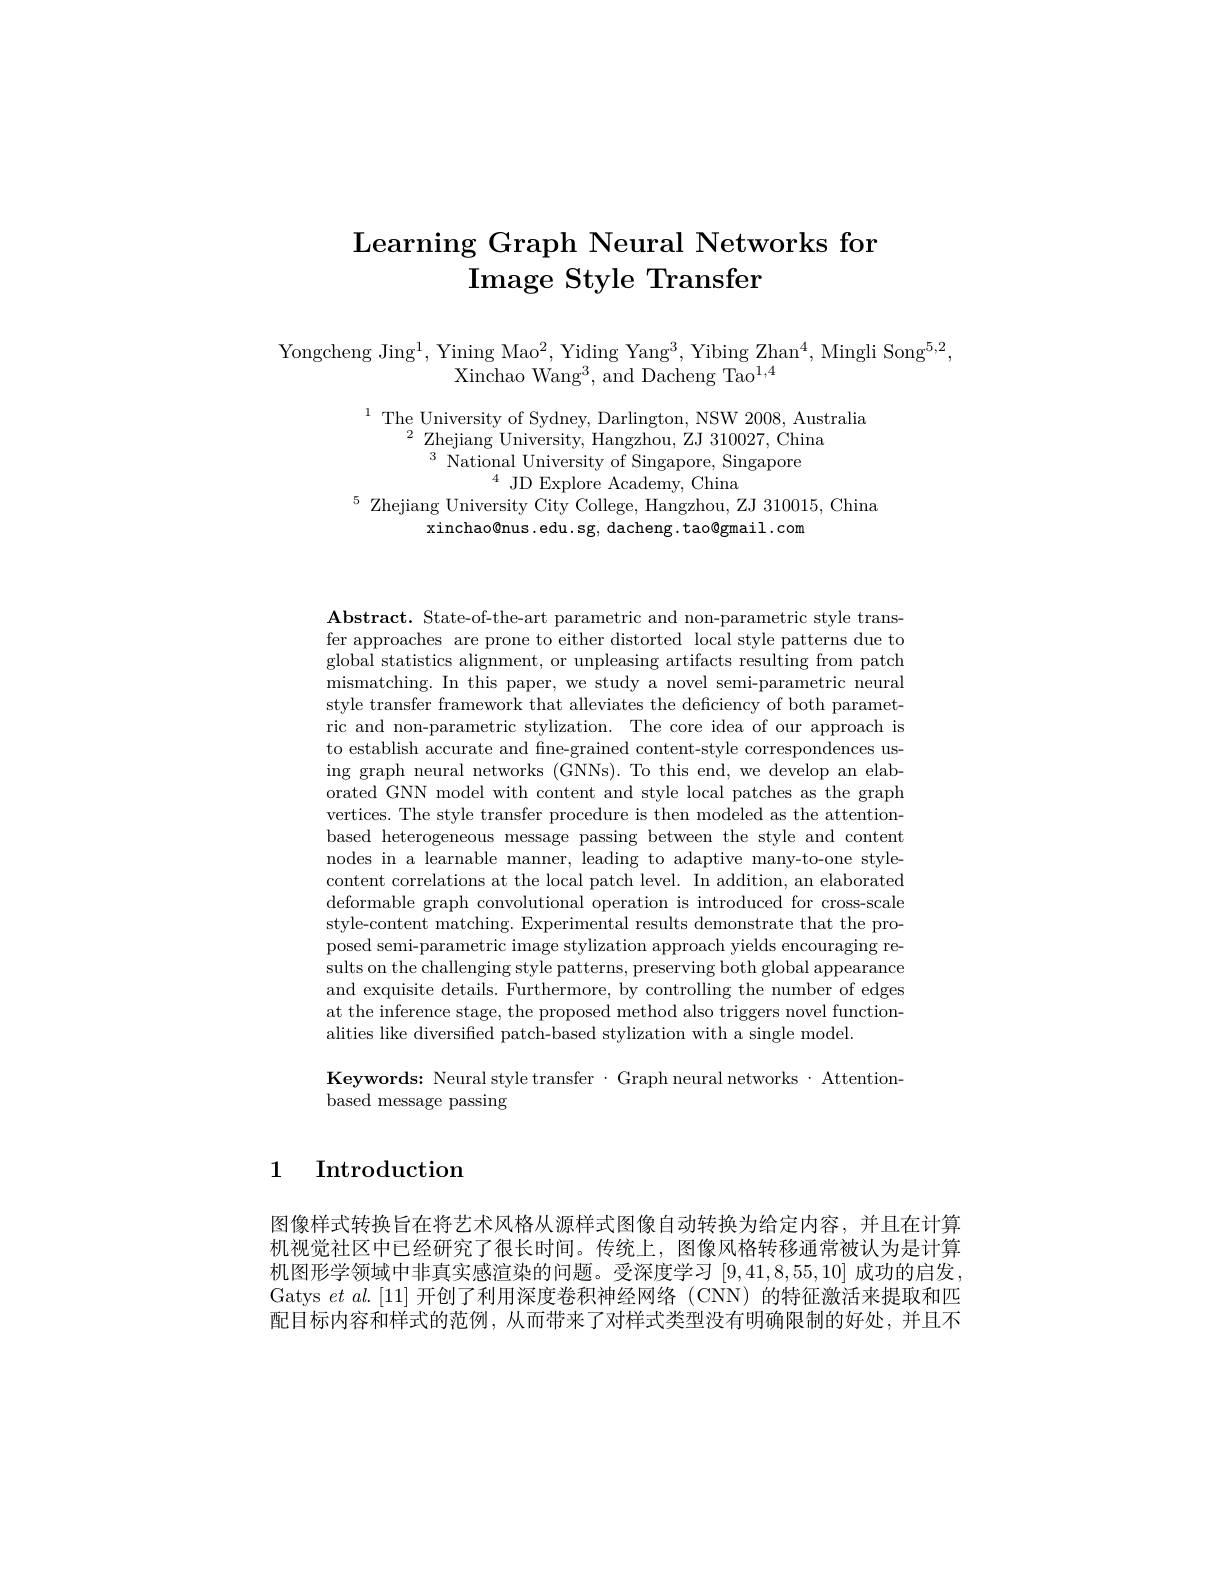
# Learning Graph Neural Networks for $\textbf{Image Style Transfer}$

Yongcheng Jing$^1$, Yining Mao$^2$, Yiding Yang$^3$, Yibing Zhan$^4$, Mingli Song$^5,2$
Xinchao Wang$^3$, and Dacheng Tao$^1,4$

$\begin{array}{cc}^{1}&\text{The University of Sydney, Darlington, NSW 2008, Australia}\\^{2}&\text{Zhejiang University, Hangzhou, ZJ 310027, China}\\&^{3}&\text{National IIniversity. of Singanore Singanore}\end{array}$
$^{4}$ JD Explore Academy, China
$^{5}$ Zhejiang University City College, Hangzhou, ZJ 310015, China
xinchao@nus.edu.sg, dacheng. tao@gmail.com

$\mathbf{Abstract.~State-of-the-art~parametric~and~non-parametric~style~trans-}$ fer approaches are prone to either distorted local style patterns due to global statistics alignment, or unpleasing artifacts resulting from patch mismatching. In this paper, we study a novel semi-parametric neural style transfer framework that alleviates the deficiency of both parametric and non-parametric stylization. The core idea of our approach is to establish accurate and fine-grained content-style correspondences using graph neural networks (GNNs). To this end, we develop an elaborated GNN model with content and style local patches as the graph vertices. The style transfer procedure is then modeled as the attentionbased heterogeneous message passing between the style and content nodes in a learnable manner, leading to adaptive many-to-one stylecontent correlations at the local patch level. In addition, an elaborated deformable graph convolutional operation is introduced for cross-scale style-content matching. Experimental results demonstrate that the proposed semi-parametric image stylization approach yields encouraging results on the challenging style patterns, preserving both global appearance and exquisite details. Furthermore, by controlling the number of edges at the inference stage, the proposed method also triggers novel functionalities like diversified patch-based stylization with a single model.

Keywords: Neural style transfer· Graph neural networks· Attention-
based message passing

1 Introduction

图像样式转换旨在将艺术风格从源样式图像自动转换为给定内容，并且在计算机视觉社区中已经研究了很长时间。传统上，图像风格转移通常被认为是计算机图形学领域中非真实感渲染的问题。受深度学习[9,41,8,55,10]成功的启发Gatys $et\textit{al. [ 11] 开 创 了 利 用 深 度 卷 积 神 经 网 络 ( CNN) 的 特 征 激 活 来 提 取 和 匹 }$ 配目标内容和样式的范例，从而带来了对样式类型没有明确限制的好处，并且不